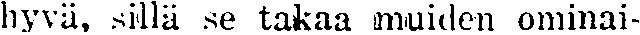
hyvä, sillä se takaa muiden ominai-